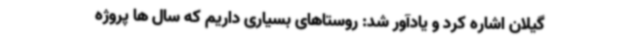
گیلان اشاره کرد و یادآور شد: روستاهای بسیاری داریم که سال ها پروژه